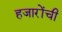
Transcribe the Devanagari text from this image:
हजारोंची